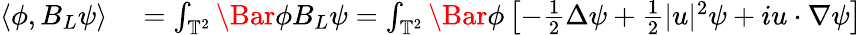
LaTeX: \begin{array}{rl}{\langle\phi,B_{L}\psi\rangle}&{{}=\int_{\mathbb{T}^{2}}\Bar{\phi}B_{L}\psi=\int_{\mathbb{T}^{2}}\Bar{\phi}\left[-\frac{1}{2}\Delta\psi+\frac{1}{2}\lvert u\rvert^{2}\psi+iu\cdot\nabla\psi\right]}\end{array}